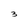
Character: 3